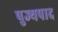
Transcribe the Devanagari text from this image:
पुज्यपाद